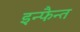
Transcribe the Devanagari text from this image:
इन्फैन्त